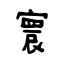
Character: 寰